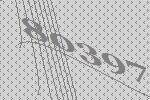
80397